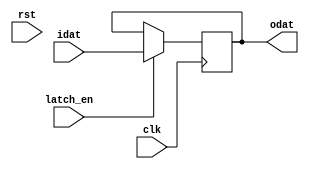
// Description     : variable size enable flip flop
//////////////////////////////////////////////////////////////////////////////////
(* keep_hierarchy = "yes" *) module fflopxe
    (
     clk,
     rst,
     latch_en,
     idat,
     odat
     );

parameter WIDTH = 8;
parameter RESET_VALUE = {WIDTH{1'b0}};

input   clk, rst, latch_en;
input   [WIDTH-1:0] idat;

output  [WIDTH-1:0] odat;
reg     [WIDTH-1:0] odat = {WIDTH{1'b0}};

always @ (posedge clk)
    begin
    //if(!rst_) odat <= RESET_VALUE;
    if (latch_en) odat <= idat;
    end

endmodule